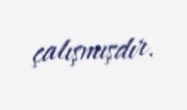
çalışmışdır.